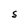
Character: S